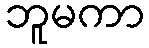
ဘူမကာ